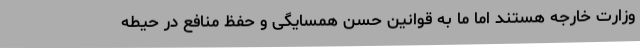
وزارت خارجه هستند اما ما به قوانین حسن همسایگی و حفظ منافع در حیطه